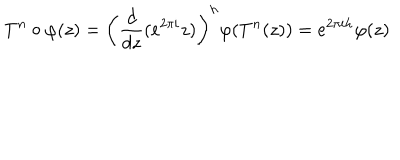
T ^ { n } \circ \varphi ( z ) = \left( \frac { d } { d z } ( e ^ { 2 \pi i } z ) \right) ^ { h } \varphi ( T ^ { n } ( z ) ) = e ^ { 2 \pi i h } \varphi ( z )